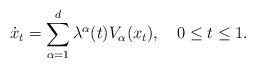
LaTeX: \begin{align*}\dot{x}_{t}=\sum_{\alpha=1}^{d}\lambda^{\alpha}(t)V_{\alpha}(x_{t}),\ \ \ 0\leq t\leq1.\end{align*}